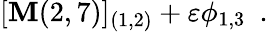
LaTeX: [{\cal\mathbf{M}}(2,7)]_{(1,2)}+\varepsilon\phi_{1,3}\, \, \, .